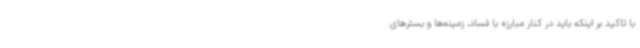
با تاکید بر اینکه باید در کنار مبارزه با فساد، زمینه‌ها و بسترهای